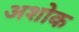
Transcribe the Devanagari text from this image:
अशोक